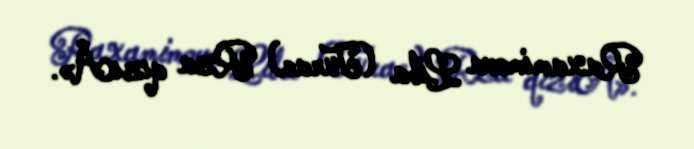
Raxamimova Liba (Turac) Rza qızıÂ».